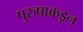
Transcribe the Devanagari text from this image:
पुरुषाकडून